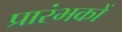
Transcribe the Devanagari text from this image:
प्रारंभकों